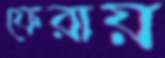
ফেরায়